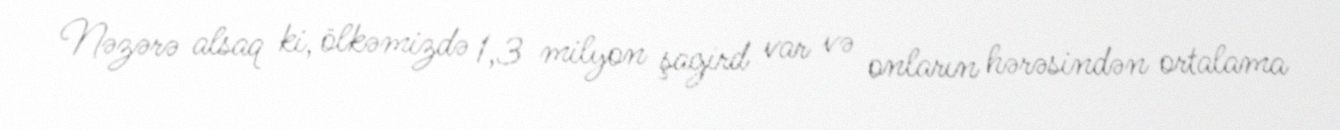
Nəzərə alsaq ki, ölkəmizdə 1,3 milyon şagird var və onların hərəsindən ortalama